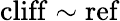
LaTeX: \mathrm{cliff}\sim\mathrm{ref}